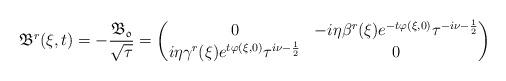
LaTeX: \begin{align*} \mathfrak{B}^r(\xi,t)=-\frac{\mathfrak{B_0}}{\sqrt{\tau}}=\begin{pmatrix} 0 & -i\eta\beta^r(\xi)e^{-t\varphi(\xi,0)}\tau^{-i\nu-\frac{1}{2}} \\ i\eta\gamma^r(\xi)e^{t\varphi(\xi,0)}\tau^{i\nu-\frac{1}{2}} & 0 \end{pmatrix}\end{align*}